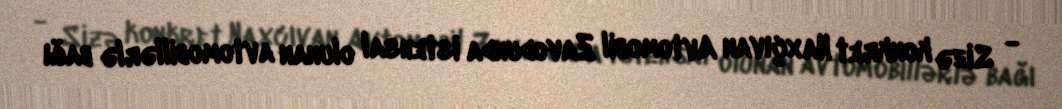
- Sizə konkret Naxçıvan Avtomobil Zavodunda istehsal olunan avtomobillərlə bağı